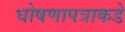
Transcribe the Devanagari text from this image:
घोषणापत्राकडे